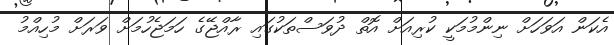
އެކަން އަވަހަށް ނިންމުމަކީ ކުރިއަށް އޮތް ދުވަސްތަކުގައި ރާއްޖޭގެ ހަމަޖެހުމަށް ވަރަށް މުހިއްމު